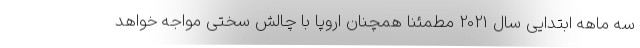
سه ماهه ابتدایی سال 2021 مطمئنا همچنان اروپا با چالش سختی مواجه خواهد